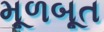
મૂળબૂત